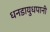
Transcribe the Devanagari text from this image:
धनडायुधपानी